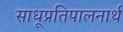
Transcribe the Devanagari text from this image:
साधूप्रतिपालनार्थ